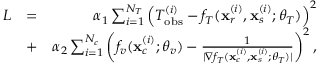
\begin{array} { r l r } { L } & { = } & { \alpha _ { 1 } \sum _ { i = 1 } ^ { N _ { T } } \left( T _ { \mathrm { o b s } } ^ { ( i ) } - f _ { T } ( \mathbf { x } _ { r } ^ { ( i ) } , \mathbf { x } _ { s } ^ { ( i ) } ; \boldsymbol { \theta } _ { T } ) \right) ^ { 2 } } \\ & { + } & { \alpha _ { 2 } \sum _ { i = 1 } ^ { N _ { c } } \left( f _ { v } ( \mathbf { x } _ { c } ^ { ( i ) } ; \boldsymbol { \theta } _ { v } ) - \frac { 1 } { | \nabla f _ { T } ( \mathbf { x } _ { c } ^ { ( i ) } , \mathbf { x } _ { s } ^ { ( i ) } ; \boldsymbol { \theta } _ { T } ) | } \right) ^ { 2 } , } \end{array}